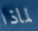
لماذا